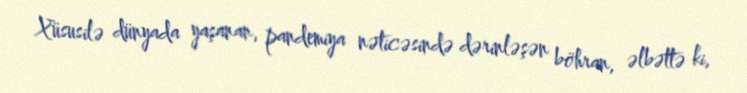
Xüsusilə dünyada yaşanan, pandemiya nəticəsində dərinləşən böhran, əlbəttə ki,